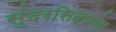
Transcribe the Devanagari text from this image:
सुंदरसिद्धांत